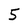
Character: 5